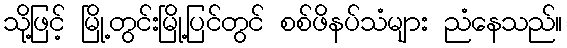
သို့ဖြင့် မြို့တွင်းမြို့ပြင်တွင် စစ်ဖိနပ်သံများ ညံနေသည်။